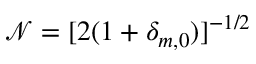
\mathcal { N } = [ 2 ( 1 + \delta _ { m , 0 } ) ] ^ { - 1 / 2 }